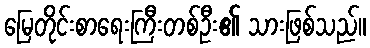
မြေတိုင်းစာရေးကြီးတစ်ဦး၏ သားဖြစ်သည်။